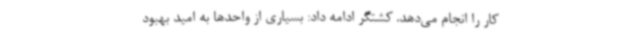
کار را انجام می‌دهد. کشتگر ادامه داد: بسیاری از واحدها به امید بهبود